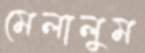
মেলালুম